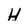
Character: H